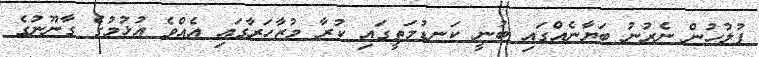
ފުލުހުން ނެރުނު ބަޔާނެއްގައި ބުނީ ކަނޑުމަތީގައި ކުރާ މުޒާހަރާގައި އެއްވެ އުޅުމުގެ ގާނޫނުގެ